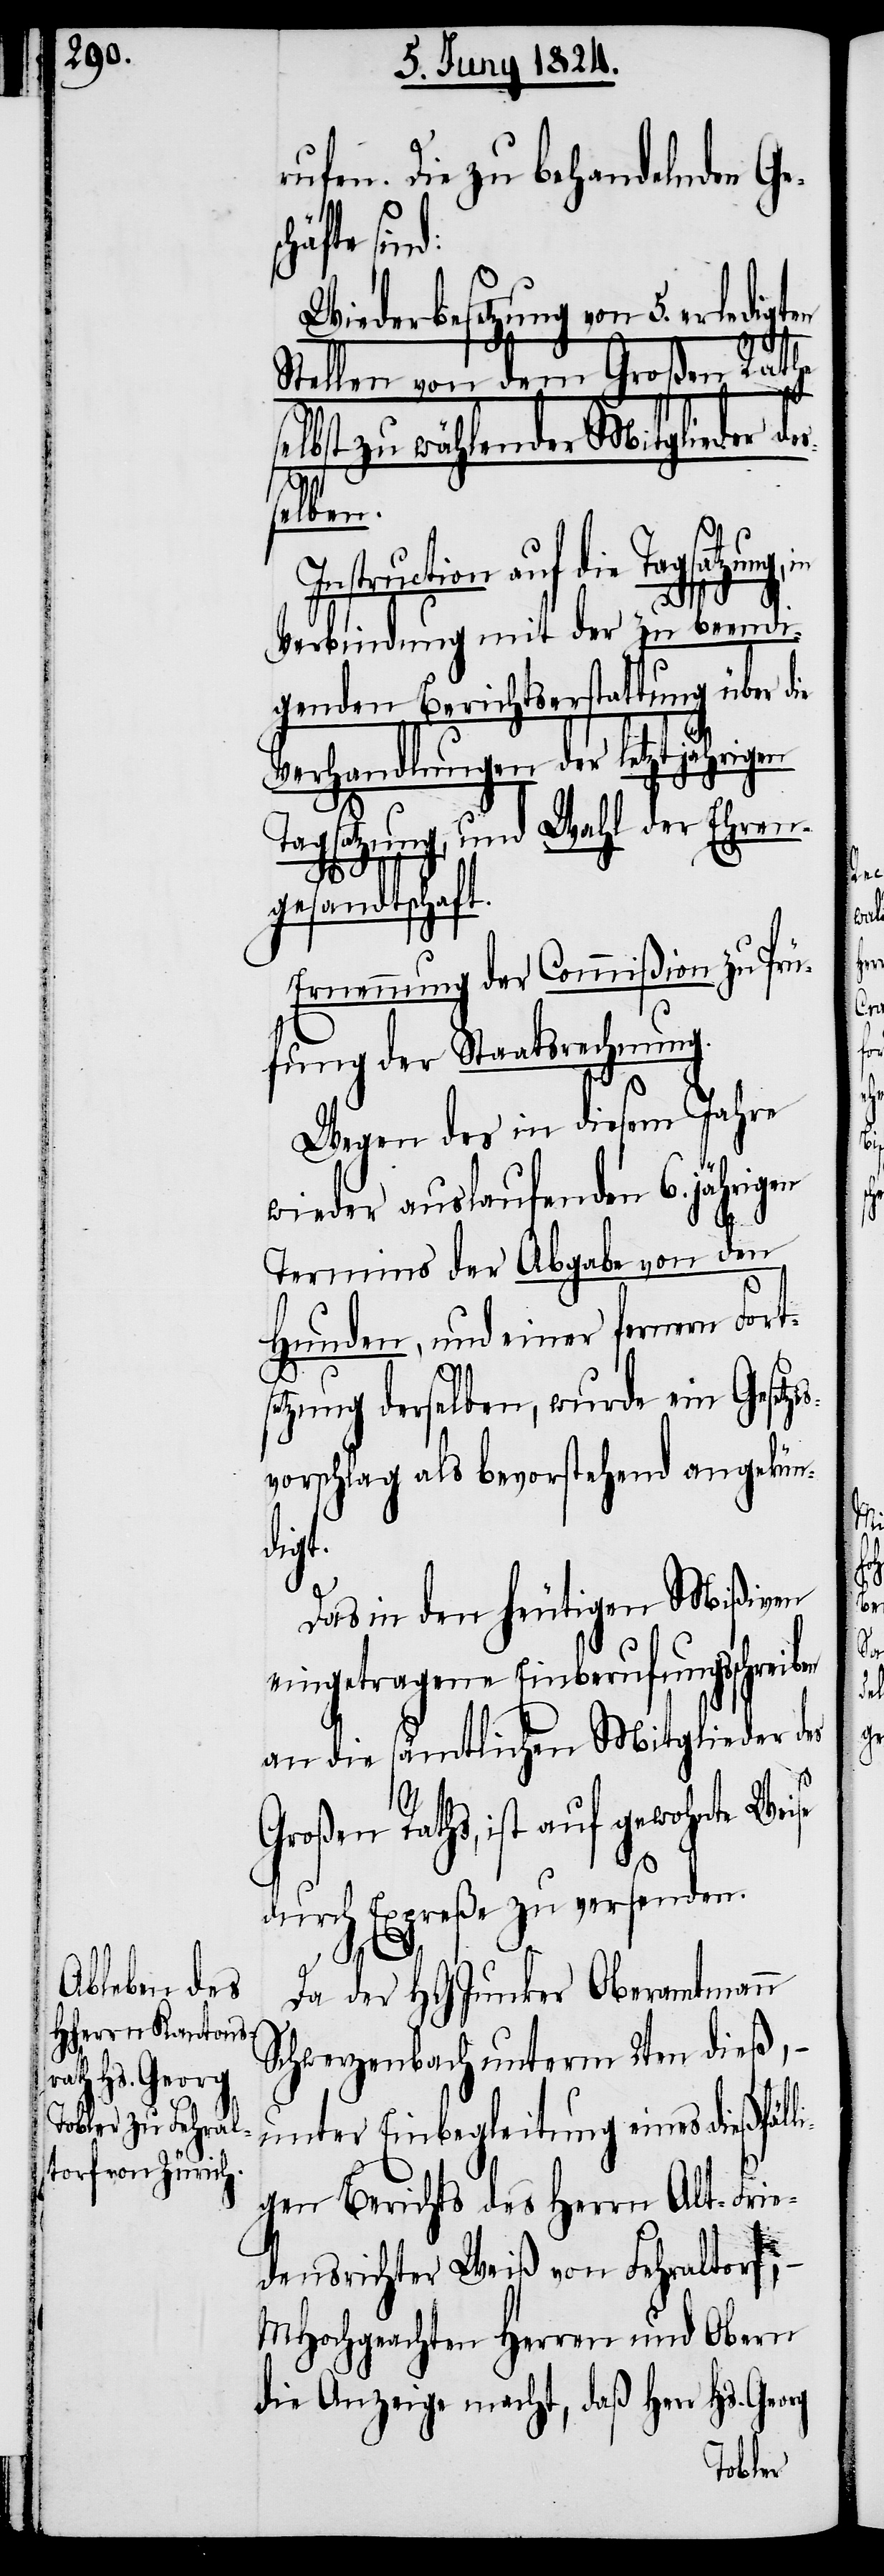
rufen. Die zu behandelnden Ge¬
häfte sin¬
Wiederbesetzung von 5. erle¬
Stellen von dem Großen Rathe
elbst zu wählender Mitglieder
selben.
Instruction auf die Tagsatzung,
Verbindung mit der zu beendi¬
genden Berichtserstattung über die
Verhandlungen der letztjährigen
Tagsatzung, und Wahl der Ehren¬
gesandtschaft.
Ernennung der Commißion zu Prü¬
fung der Staatsrechnung.
Wegen des in diesem Jahre
wieder auslaufenden 6. jährigen
d:
Termins der Abgabe von den
Hunden, und einer fernern For¬
etzung derselben, wurde ein Gesetze¬
svorschlag als bevorstehend angekün¬
digt.
Das in den heutigen Mißiven
eingetragene Einberufungsschreib¬
an die sämtlichen Mitglieder des
en
Großen Raths, ist auf gewohnte Weise
durch Expreße zu versenden.
Da der HGJunker Oberamtmann
Schwerzenbach unterm 2ten dieß, –
unter Einbegleitung eines dießfäl¬
ligen Berichts des Herrn Alt-Frie¬
densrichter Weiß von Fehraltorf;
MHochgeachten Herren und Obern
die Anzeige macht, daß Herr Hs.
digten